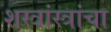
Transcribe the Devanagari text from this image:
शस्त्रांस्त्रांचा